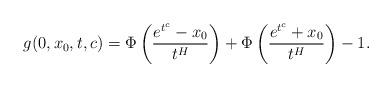
LaTeX: \begin{align*}g(0,x_0,t,c)=\Phi\left(\frac{e^{t^c}-x_0}{t^H}\right)+\Phi\left(\frac{e^{t^c}+x_0}{t^H}\right)-1.\end{align*}